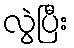
လွဲပြီး